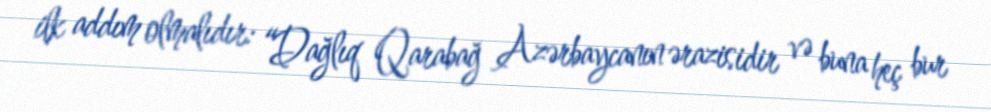
ilk addım olmalıdır: “Dağlıq Qarabağ Azərbaycanın ərazisidir və buna heç bur